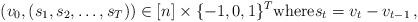
LaTeX: \begin{align*}(v_0, (s_1, s_2, \dots, s_T))\in [n] \times \{-1,0,1\}^T \mbox{where}s_t = v_t - v_{t-1} \, ,\end{align*}